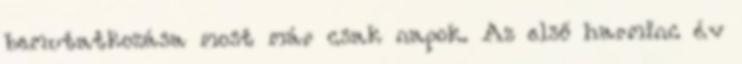
bemutatkozása most már csak napok. Az első harminc év